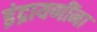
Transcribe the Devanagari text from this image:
इंद्रायणींना